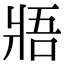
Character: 𤕻